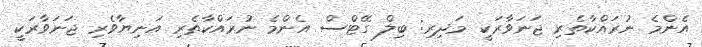
އެންމެ ނުރައްކާތެރި ޖަނަވާރަކީ މަދިރި: ބިލް ގޭޓްސް އެންމެ ނުރައްކާތެރި އަނިޔާވެރި ޖަނަވާރަކީ